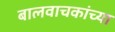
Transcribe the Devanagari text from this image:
बालवाचकांच्या